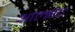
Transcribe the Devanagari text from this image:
आल्झेट